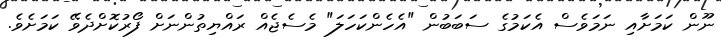
ނޫން ކަމަށާއި ނަމަވެސް އެކަމުގެ ސަބަބުން "އެހެންކަހަލަ" މެސެޖެއް ރައްޔިތުންނަށް ފޯރުކޮށްދެވޭ ކަމަށެވެ.